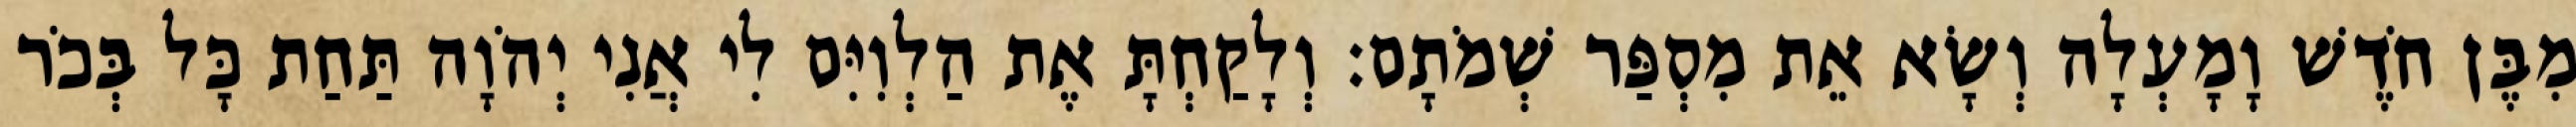
מִבֶּן חֹדֶשׁ וָמָעְלָה וְשָׂא אֵת מִסְפַּר שְׁמֹתָם׃ וְלָקַחְתָּ אֶת הַלְוִיִּם לִי אֲנִי יְהֹוָה תַּחַת כָּל בְּכֹר